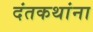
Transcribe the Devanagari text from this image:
दंतकथांना